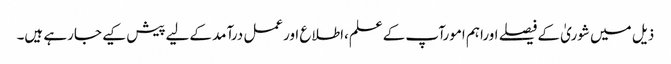
ذیل میں شوریٰ کےفیصلے اوراہم امورآپ کےعلم،اطلاع اورعمل درآمد کےلیےپیش کیے جارہے ہیں۔